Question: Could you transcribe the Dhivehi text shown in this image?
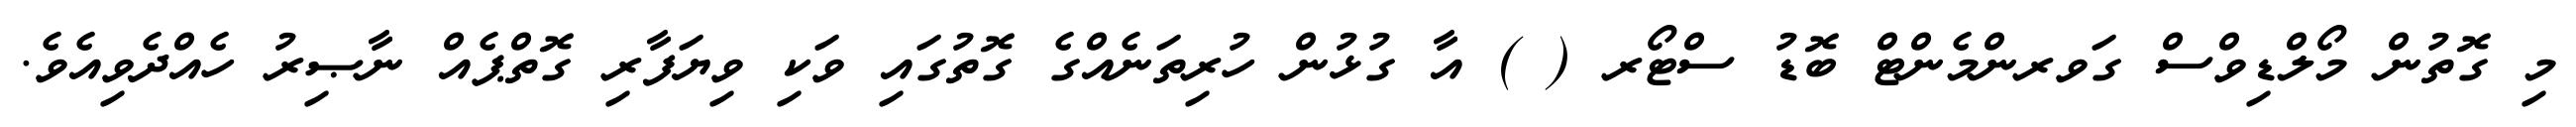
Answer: މި ގޮތުން މޯލްޑިވްސް ގަވރންމެންޓް ބޮޑު ސްޓޯރ ( ) އާ ގުޅުން ހުރިތަނެއްގެ ގޮތުގައި ވަކި ވިޔަފާރި ގޮތްޕެއް ނާޞިރު ހެއްދެވިއެވެ.